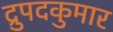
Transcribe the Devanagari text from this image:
द्रुपदकुमार